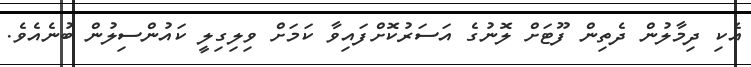
އެކި ދިމާލުން ދެތިން ފޫޓަށް ލޮނުގެ އަސަރުކޮށްފައިވާ ކަމަށް ވިލިގިލީ ކައުންސިލުން ބުނެއެވެ.